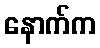
နောက်က